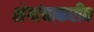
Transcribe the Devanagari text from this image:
शेगांवाकरीत